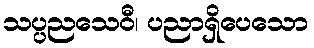
သပ္ပညသေဝီ၊ ပညာရှိပေသော